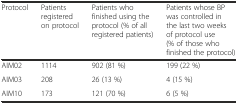
| Protocol | Patients registered on protocol | Patients who finished using the protocol (% of all registered patients) | Patients whose BP was controlled in the last two weeks of protocol use (% of those who finished the protocol) |
 | --- | --- | --- | --- |
 | AIM02 | 1114 | 902 (81 %) | 199 (22 %) |
 | AIM03 | 208 | 26 (13 %) | 4 (15 %) |
 | AIM10 | 173 | 121 (70 %) | 6 (5 %) |